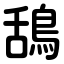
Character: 鴰